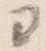
ヨ